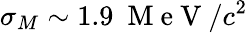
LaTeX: \sigma_{M}\sim 1.9~\mathrm{~M~e~V~}/c^{2}